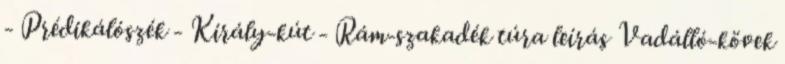
- Prédikálószék - Király-kút - Rám-szakadék túra leírás Vadálló-kövek